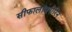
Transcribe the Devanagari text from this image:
सीफालॉसपोरिन